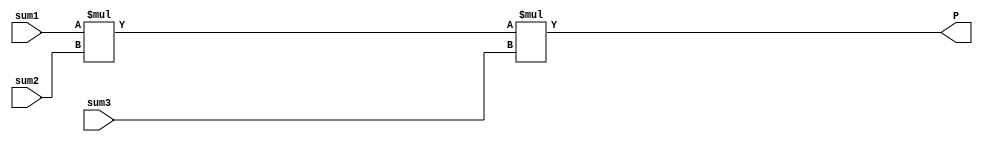
module MULT (
	input wire [8:0] sum1,
	input wire [8:0] sum2,
	input wire [8:0] sum3,
	output wire [26:0] P
);

assign P = sum1 * sum2 * sum3;

endmodule